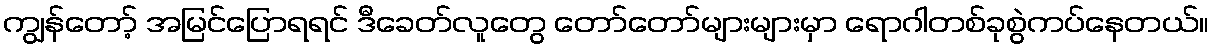
ကျွန်တော့် အမြင်ပြောရရင် ဒီခေတ်လူတွေ တော်တော်များများမှာ ရောဂါတစ်ခုစွဲကပ်နေတယ်။